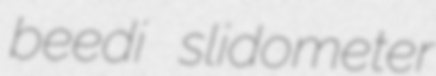
beedi slidometer